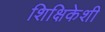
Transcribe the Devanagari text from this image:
शिक्षिकेशी